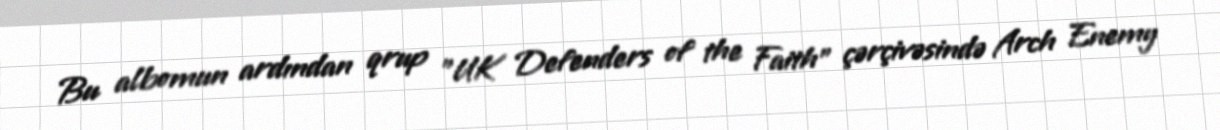
Bu albomun ardından qrup "UK Defenders of the Faith" çərçivəsində Arch Enemy